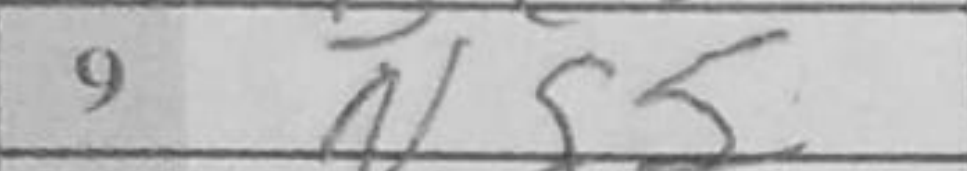
Transcription: Ng5